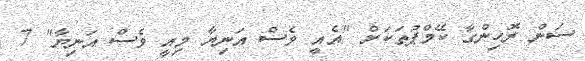
ސަން ރޮހިންގާ ކޭމްޕުތަކަށް "އެއީ ވެސް އަނިޔާ މިއީ ވެސް އަނިޔާ" 7